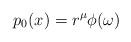
LaTeX: \begin{align*} p_0(x)=r^\mu\phi(\omega)\end{align*}